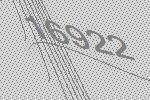
16922